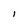
Character: l